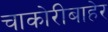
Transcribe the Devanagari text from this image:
चाकोरीबाहेर